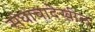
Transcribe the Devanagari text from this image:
संघाचादेखील